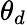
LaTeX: \theta_{d}